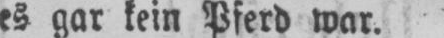
es gar kein Pferd war.